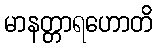
မာနတ္တာရဟောတိ